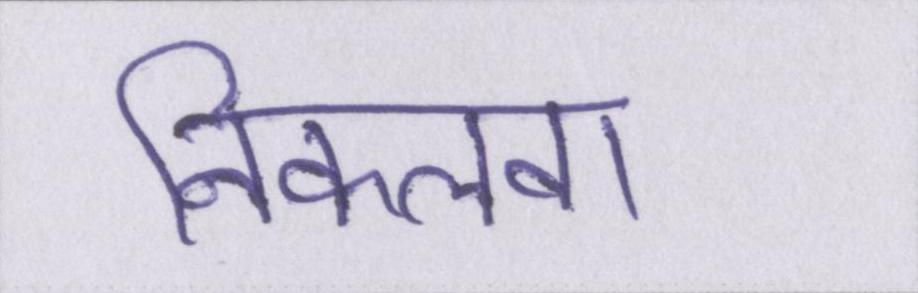
निकलवा